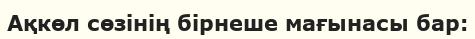
Ақкөл сөзінің бірнеше мағынасы бар: